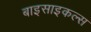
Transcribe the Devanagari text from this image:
बाइसाइकल्स